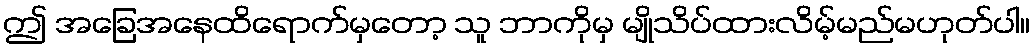
ဤ အခြေအနေထိရောက်မှတော့ သူ ဘာကိုမှ မျိုသိပ်ထားလိမ့်မည်မဟုတ်ပါ။